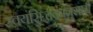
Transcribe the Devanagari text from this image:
स्वयंसिद्धकानुसारी